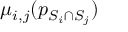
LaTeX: \mu _ { i , j } ( p _ { S _ { i } \cap S _ { j } } )